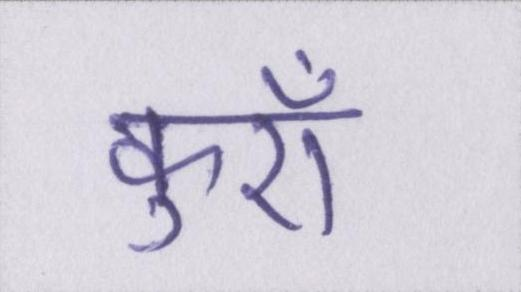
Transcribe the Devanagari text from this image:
कुएँ